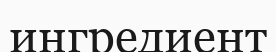
ингредиент